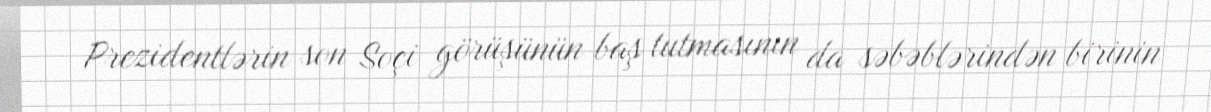
Prezidentlərin son Soçi görüşünün baş tutmasının da səbəblərindən birinin